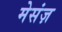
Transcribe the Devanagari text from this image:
मेसंज़